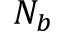
N _ { b }